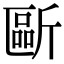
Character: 𣂻